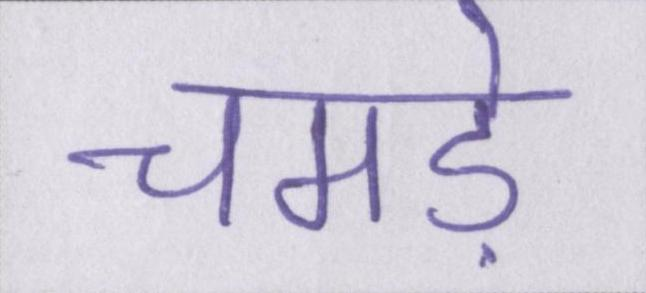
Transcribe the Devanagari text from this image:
चमड़े